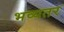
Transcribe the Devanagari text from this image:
भव्यतर